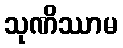
သုဏိဿာမ